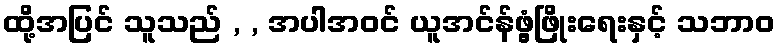
ထို့အပြင် သူသည် , , အပါအဝင် ယူအင်န်ဖွံ့ဖြိုးရေးနှင့် သဘာဝ